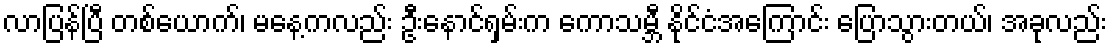
လာပြန်ပြီ တစ်ယောက်၊ မနေ့ကလည်း ဦးနောင်ရှမ်းက ကောသမ္ဘီ နိုင်ငံအကြောင်း ပြောသွားတယ်၊ အခုလည်း